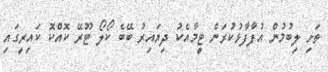
ތަށި ލިބުމުން އުފާފާޅުކުރަން ޓީމާއެކު ދިޔައިރު ބޭބެ ކޯލޯ ޓޫރޭ ކޮއްކޮ ކައިރީގައި